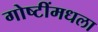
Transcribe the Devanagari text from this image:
गोष्टींमधला